Scottish Leaving Certificate Examination, 1954
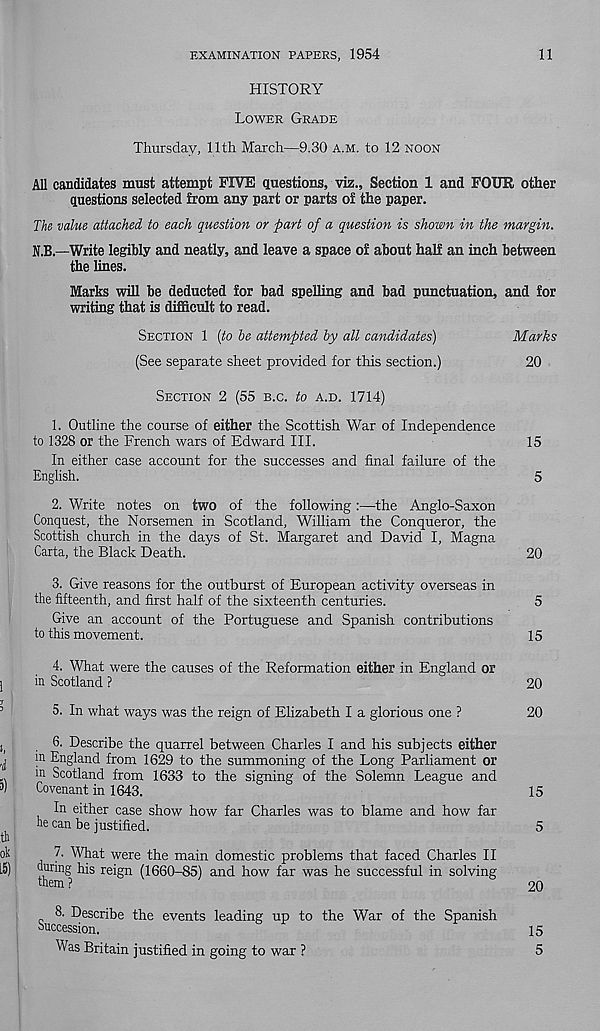
EXAMINATION PAPERS, 1954
11
HISTORY
LOWER GRADE
Thursday, 11th March—9.30 A.M. to 12 NOON
All candidates must attempt FIVE questions, viz.. Section 1 and FOUR other
questions selected from any part or parts of the paper.
The value attached to each question or part of a question is shown in the margin.
N.B.—Write legibly and neatly, and leave a space of about half an inch between
the lines.
Marks will be deducted for bad spelling and bad punctuation, and for
writing that is difficult to read.
SECTION 1 {to he attempted by all candidates)
Marks
(See separate sheet provided for this section.)
20
SECTION 2 (55 B.C. to A.D. 1714)
1. Outline the course of either the Scottish War of Independence
to 1328 or the French wars of Edward III.
15
In either case account for the successes and final failure of the
English.
5
2. Write notes on two of the following:—the Anglo-Saxon
Conquest, the Norsemen in Scotland, William the Conqueror, the
Scottish church in the days of St. Margaret and David I, Magna
Carta, the Black Death.
20
3. Give reasons for the outburst of European activity overseas in
the fifteenth, and first half of the sixteenth centuries.
5
Give an account of the Portuguese and Spanish contributions
to this movement.
15
4. What were the causes of the Reformation either in England or
in Scotland ?
20
5. In what ways was the reign of Elizabeth I a glorious one ?
20
6. Describe the quarrel between Charles I and his subjects either
m England from 1629 to the summoning of the Long Parliament or
in Scotland from 1633 to the signing of the Solemn League and
Covenant in 1643.
15
In either case show how far Charles was to blame and how far
he can be justified.
5
7. What were the main domestic problems that faced Charles II
during his reign (1660-85) and how far was he successful in solving
them ?
20
8. Describe the events leading up to the War of the Spanish
succession.
15
Was Britain justified in going to war ?
5